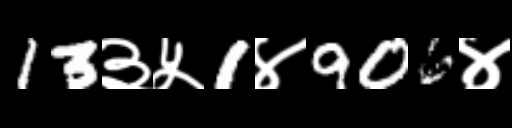
Text: 13३५1४906४